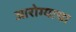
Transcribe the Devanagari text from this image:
आरोग्याचा